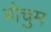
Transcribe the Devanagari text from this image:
बोचुम